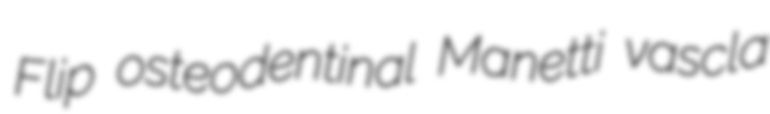
Flip osteodentinal Manetti vascla